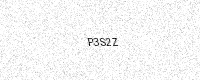
Text: P3S2Z